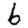
Digit: 6